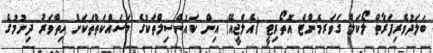
ބަލަދުވެރިފަރާތް ލޯކަލް ގަވަރމެންޓް އޮތޯރިޓީ (އެލްޖީއޭ) އިން ކައުންސިލްތަކުގެ މަސައްކަތްތަކަށް ހިތްވަރު ދިނުމުގެ